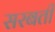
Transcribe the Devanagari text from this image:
सरबती